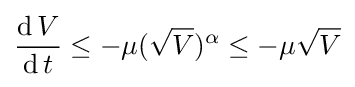
{\frac {\operatorname {d} V}{\operatorname {d} t}}\leq -\mu ({\sqrt {V}})^{\alpha }\leq -\mu {\sqrt {V}}